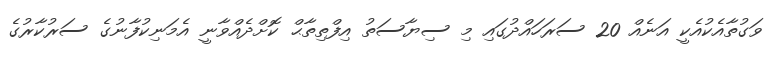
ވަގުތާއެކުއެކީ އަނެއް 20 ސަރަހައްދުގައި މި ސިޔާސަތު އިފްތިތާޙް ކޮށްދެއްވާނީ އެމަނިކުފާނުގެ ސަރުކާރުގެ